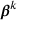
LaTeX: { \boldsymbol { \beta } } ^ { k }